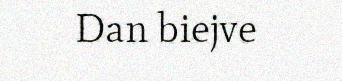
Dan biejve